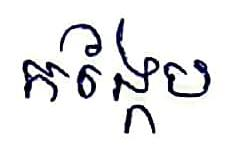
កង្កែប